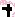
Text: +